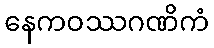
နေကဝဿဂဏိကံ